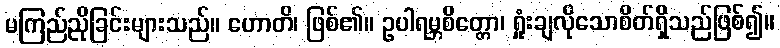
မကြည်ညိုခြင်းများသည်။ ဟောတိ၊ ဖြစ်၏။ ဥပါရမ္ဘစိတ္တော၊ ရှုံးချလိုသောစိတ်ရှိသည်ဖြစ်၍။